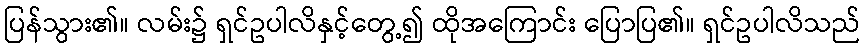
ပြန်သွား၏။ လမ်း၌ ရှင်ဥပါလိနှင့်တွေ့၍ ထိုအကြောင်း ပြောပြ၏။ ရှင်ဥပါလိသည်